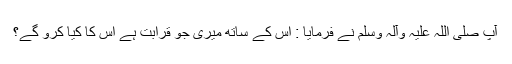
آپ صلی اللہ علیہ وآلہ وسلم نے فرمایا : اس کے ساتھ میری جو قرابت ہے اس کا کیا کرو گے؟